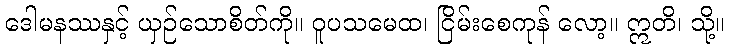
ဒေါမနဿနှင့် ယှဉ်သောစိတ်ကို။ ဝူပသမေထ၊ ငြိမ်းစေကုန် လော့။ ဣတိ၊ သို့။